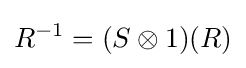
R^{-1}=(S\otimes 1)(R)